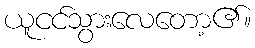
ယူငင်သွားလေတော့၏။